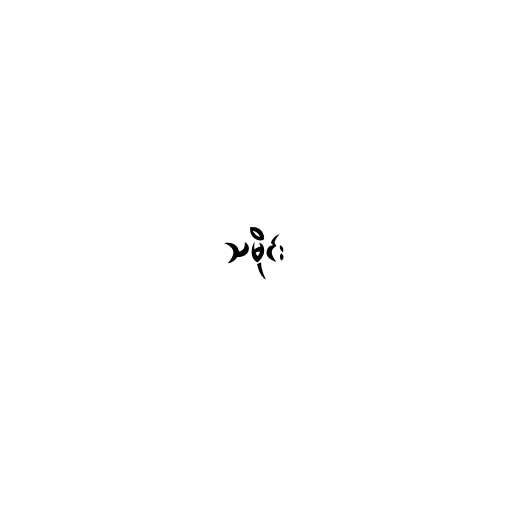
သမိုင်း